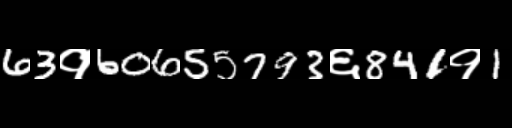
Text: 63१60655793६841१1